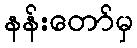
နန်းတော်မှ